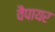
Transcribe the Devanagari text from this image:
वैपायर